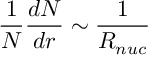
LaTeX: { \frac { 1 } { N } } { \frac { d N } { d r } } \sim { \frac { 1 } { R _ { n u c } } }